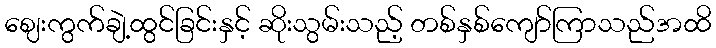
ဈေးကွက်ချဲ့ထွင်ခြင်းနှင့် ဆိုးသွမ်းသည့် တစ်နှစ်ကျော်ကြာသည်အထိ